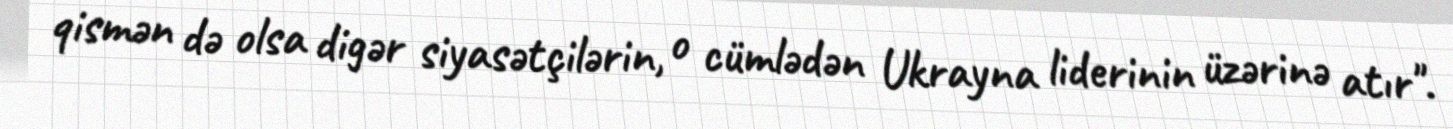
qismən də olsa digər siyasətçilərin, o cümlədən Ukrayna liderinin üzərinə atır".